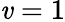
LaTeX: \mathit{v}=1